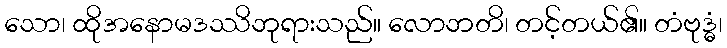
သော၊ ထိုအနောမဒဿိဘုရားသည်။ လောဘတိ၊ တင့်တယ်၏။ တံဗုဒ္ဓံ၊